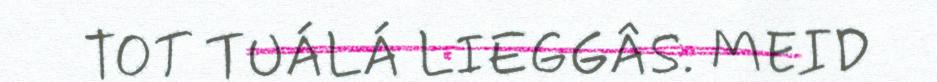
TOT TUÁLÁ LIEGGÂS. MEID